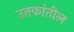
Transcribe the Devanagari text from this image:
उतकांतील